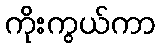
ကိုးကွယ်ကာ